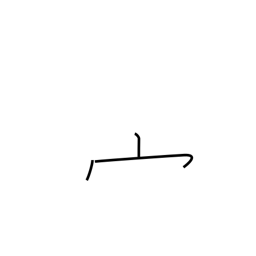
Meaning: shaped crown